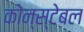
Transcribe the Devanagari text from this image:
कोन्स्टेबल